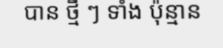
បាន ថ្មី ៗ ទាំង ប៉ុន្មាន